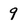
Character: 9